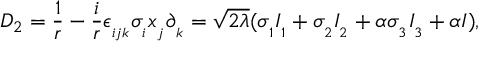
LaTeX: D _ { 2 } = \frac { 1 } { r } - \frac { i } { r } \epsilon _ { _ { i j k } } \sigma _ { _ { i } } x _ { _ { j } } \partial _ { _ { k } } = \sqrt { 2 \lambda } ( \sigma _ { _ { 1 } } I _ { _ { 1 } } + \sigma _ { _ { 2 } } I _ { _ { 2 } } + \alpha \sigma _ { _ { 3 } } I _ { _ { 3 } } + \alpha I ) ,